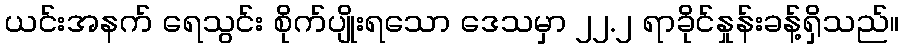
ယင်းအနက် ရေသွင်း စိုက်ပျိုးရသော ဒေသမှာ ၂၂.၂ ရာခိုင်နှုန်းခန့်ရှိသည်။